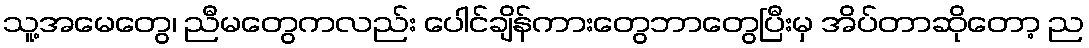
သူ့အမေတွေ၊ ညီမတွေကလည်း ပေါင်ချိန်ကားတွေဘာတွေပြီးမှ အိပ်တာဆိုတော့ ည